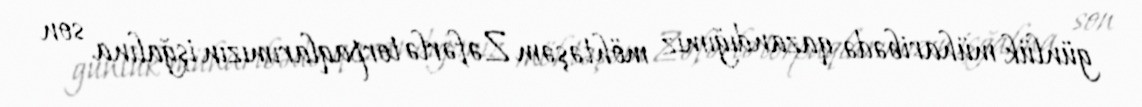
günlük müharibədə qazandığımız möhtəşəm Zəfərlə torpaqlarımızın işğalına son